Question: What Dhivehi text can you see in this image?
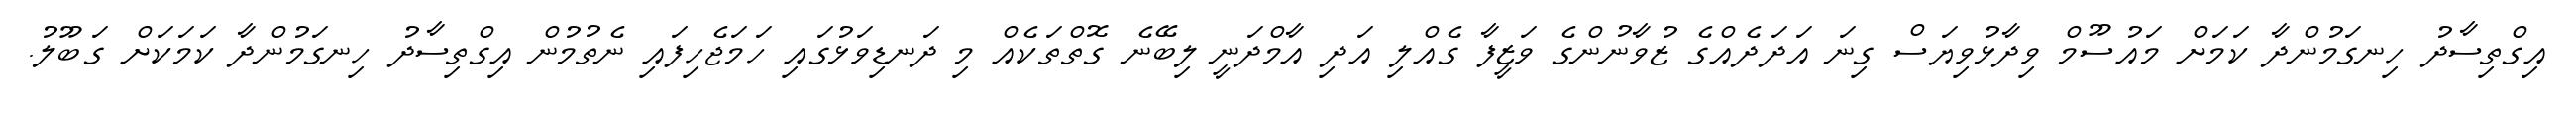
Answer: އިގްތިސާދު ހިނގަމުންދާ ކަމަށް މައުސޫމް ވިދާޅުވިޔަސް ގިނަ އަދަދެއްގެ ޒުވާނުންގެ ވަޒީފާ ގެއްލި އަދި އާމްދަނީ ލިބޭނެ ގޮތްތަކެއް މި ދަނޑިވަޅުގައި ހަމަޖެހިފައި ނެތުމުން އިގްތިސާދު ހިނގަމުންދާ ކަމަކަށް ގަބޫލު.